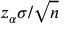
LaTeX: z _ { \alpha } \sigma / { \sqrt { n } }